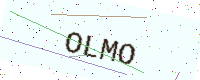
Text: OLMO